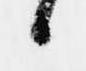
候